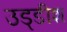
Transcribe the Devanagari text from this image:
उड्डीश